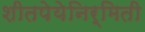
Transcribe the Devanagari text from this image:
शीतपेयेनिर्मिती